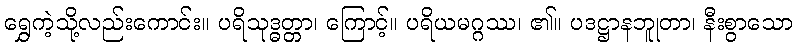
ရွှေကဲ့သို့လည်းကောင်း။ ပရိသုဒ္ဓတ္တာ၊ ကြောင့်။ ပရိယမဂ္ဂဿ၊ ၏။ ပဒဋ္ဌာနဘူုတာ၊ နီးစွာသော